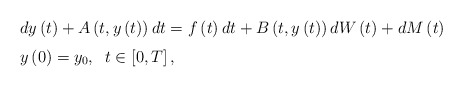
\begin{align*}\begin{tabular}[c]{l}$dy\left( t\right) +A\left( t,y\left( t\right) \right) dt=f\left(t\right) dt+B\left( t,y\left( t\right) \right) dW\left( t\right)+dM\left( t\right) $\medskip\\$y\left( 0\right) =y_{0},\;\;t\in\left[ 0,T\right] ,$\end{tabular}\ \ \end{align*}